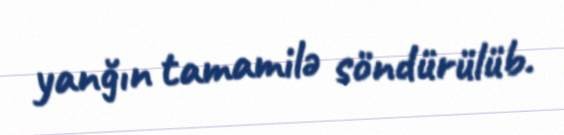
yanğın tamamilə söndürülüb.